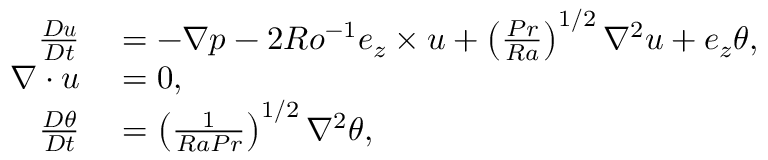
\begin{array} { r l } { \frac { D \boldsymbol { u } } { D t } } & { { } = - \nabla p - 2 R o ^ { - 1 } \boldsymbol { e } _ { z } \times \boldsymbol { u } + \left( \frac { P r } { R a } \right) ^ { 1 / 2 } \nabla ^ { 2 } \boldsymbol { u } + \boldsymbol { e } _ { z } \theta , } \\ { \nabla \cdot \boldsymbol { u } } & { { } = 0 , } \\ { \frac { D \theta } { D t } } & { { } = \left( \frac { 1 } { R a P r } \right) ^ { 1 / 2 } \nabla ^ { 2 } \theta , } \end{array}